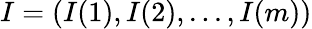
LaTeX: I=(I(1),I(2),...,I(m))